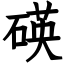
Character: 碤